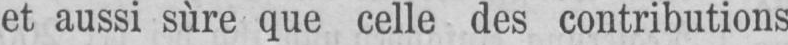
et aussi sure que celle des contributions